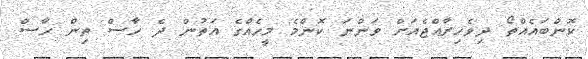
ކޮންބައެއްތޯ ދިވެހިރާއްޖެއަށް ވަންނަ ކޮންމެ މީހެއްގެ އަތުން ދެ ހާސް ތިން ހާސް